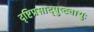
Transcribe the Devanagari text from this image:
दृष्टिप्रसाद्पुष्ट्यायुः